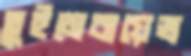
তুইমেবায়েভ